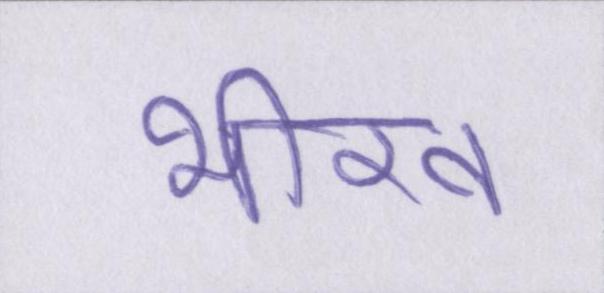
भीख